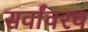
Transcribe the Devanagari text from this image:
सर्वांवरच